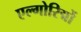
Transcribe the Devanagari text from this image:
एल्गोरिद्मों